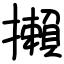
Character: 攋